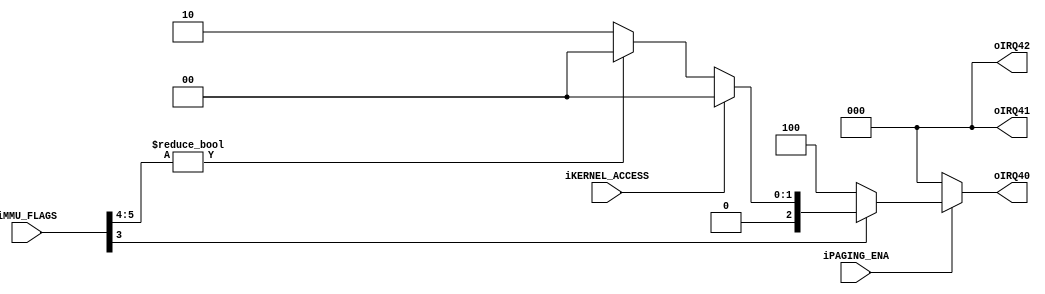
module decode_mmucheck(
		input wire iPAGING_ENA,
		input wire iKERNEL_ACCESS,
		input wire [13:0] iMMU_FLAGS,
		output wire [2:0] oIRQ40,
		output wire [2:0] oIRQ41,
		output wire [2:0] oIRQ42
	);


	/*************************************************
	MMU Flag Check
	[0]	:	IRQ40 Invalid page.(Page fault)
	[1]	:	IRQ41 Privilege error.(Page)
	[2]	:	IRQ42 Invalid instruction.(Page)
	*************************************************/
	function [2:0] func_mmu_flags_fault_check;
		input func_paging;
		input func_kernel;				//1:kernel mode
		input [5:0] func_mmu_flags;
		begin
			if(func_paging)begin
				//Page fault check
				if(!func_mmu_flags[0])begin
					func_mmu_flags_fault_check = 3'h1;
				end
				//Invalid instruction check
				if(!func_mmu_flags[3])begin
					func_mmu_flags_fault_check = 3'h4;
				end
				//Privilege error check
				else begin
					//Page check
					if(func_kernel)begin			//Kernell Mode
						func_mmu_flags_fault_check = 3'h0;
					end
					else begin	//User Mode
						if(func_mmu_flags[5:4] != 2'h0)begin
							func_mmu_flags_fault_check = 3'h0;
						end
						else begin
							func_mmu_flags_fault_check = 3'h2;	//Privilege Error
						end
					end
				end
			end
			else begin
				func_mmu_flags_fault_check = 3'h0;
			end
		end
	endfunction

	assign {oIRQ42, oIRQ41, oIRQ40} = func_mmu_flags_fault_check(iPAGING_ENA, iKERNEL_ACCESS, iMMU_FLAGS[5:0]);

endmodule